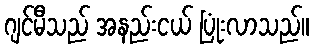
ဂျင်မီသည် အနည်းငယ် ပြုံးလာသည်။